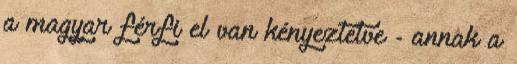
a magyar férfi el van kényeztetve - annak a